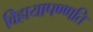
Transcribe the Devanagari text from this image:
विहायापण्णति